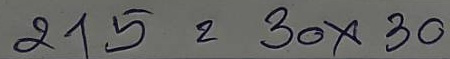
215 = 30 x 30